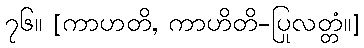
၇၆။ [ကာဟတိ, ကာဟိတိ-ပြုလတ္တံ။]